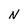
Character: N